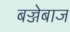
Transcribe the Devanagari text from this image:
बज्जेबाज